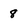
Character: 8